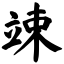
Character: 竦